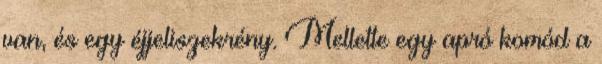
van, és egy éjjeliszekrény. Mellette egy apró komód a